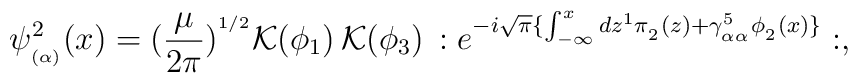
\psi^2_{_{(\alpha)}}(x) = (\frac{\mu}{2\pi})^{^{1/2}} {\cal K}(\phi_1)\,{\cal K}(\phi_3)\, :e^{-i \sqrt{\pi} \{\int_{-\infty}^x dz^1 \pi_{_2}(z) + \gamma^5_{_{\alpha\alpha}} \phi_{_2}(x)\}}:,